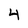
Character: 4